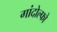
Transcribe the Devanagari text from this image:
गांदोल्फो